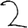
Digit: 2